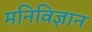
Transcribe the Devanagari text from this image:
मनिविज्ञान